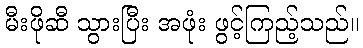
မီးဖိုဆီ သွားပြီး အဖုံး ဖွင့်ကြည့်သည်။